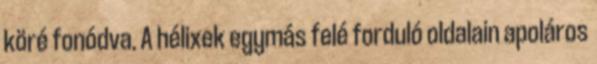
köré fonódva. A hélixek egymás felé forduló oldalain apoláros